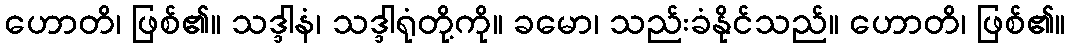
ဟောတိ၊ ဖြစ်၏။ သဒ္ဒါနံ၊ သဒ္ဒါရုံတို့ကို။ ခမော၊ သည်းခံနိုင်သည်။ ဟောတိ၊ ဖြစ်၏။